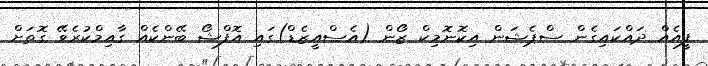
ފީއެއް ދައްކައިގެން ސްޕެޝަން އިކޮނޮމިކް ޒޯން (އެސްއީޒެޑް)ގައި އޮފްޝޯ ބޭންކެއް ގާއިމްކުރެވޭ ގޮތަށް